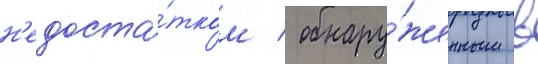
н'едоста́тком / обнару́женным в